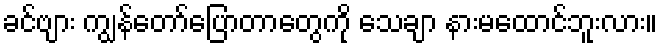
ခင်ဗျား ကျွန်တော်ပြောတာတွေကို သေချာ နားမထောင်ဘူးလား။